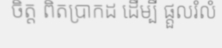
ចិត្ត ពិតប្រាកដ ដើម្បី ផ្តួលរំលំ